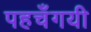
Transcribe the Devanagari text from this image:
पहचँगयी